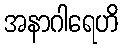
အနာဂါရေဟိ